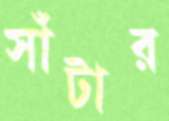
সাঁটার